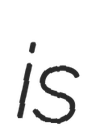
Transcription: is